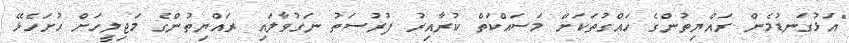
"އަޅުގަނޑުމެން ރައްޔިތުންގެ ހައްގުތަކަށް މަސައްކަތް ކުރާއިރު ފުރުސަތު ނަގުވާލައި ރައްޔިތުންގެ މަޖިލީހަށް ހުށަހެޅޭ